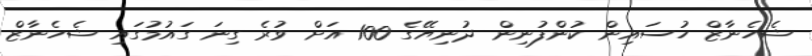
ޝެހެނާޒް ހުސައިން ކުންފުނިން ދުނިޔޭގެ 100 އަށް ވުރެ ގިނަ ގައުމުގައި ޝެހެނާޒް